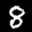
Label: 8